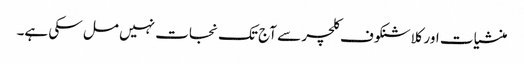
منشیات اور کلاشنکوف کلچر سے آج تک نجات نہیں مل سکی ہے۔